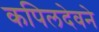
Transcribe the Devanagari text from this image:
कपिलदेवने